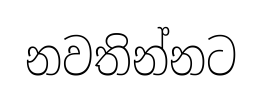
නවතින්නට